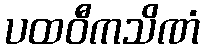
ပထဝီကသိဏံ